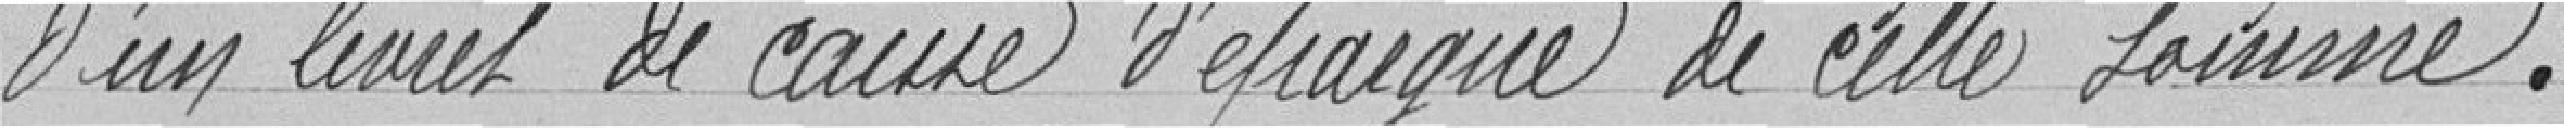
d'un livret de caisse d'épargne de cette somme.